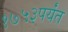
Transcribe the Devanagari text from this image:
१७५३पर्यंत